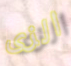
الزى